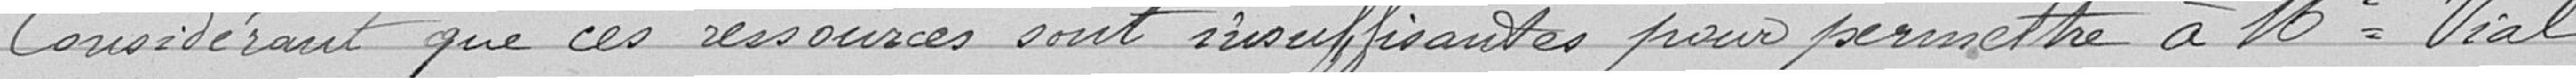
Considérant que ces ressources sont insuffisantes pour permettre à Monsieur Vial